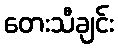
တေးသီချင်း